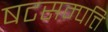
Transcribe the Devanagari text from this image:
षटसम्पत्ति